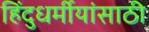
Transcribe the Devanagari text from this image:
हिंदुधर्मीयांसाठी